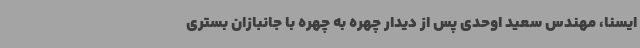
ایسنا، مهندس سعید اوحدی پس از دیدار چهره به چهره با جانبازان بستری